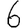
Digit: 6